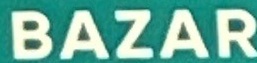
BAZAR